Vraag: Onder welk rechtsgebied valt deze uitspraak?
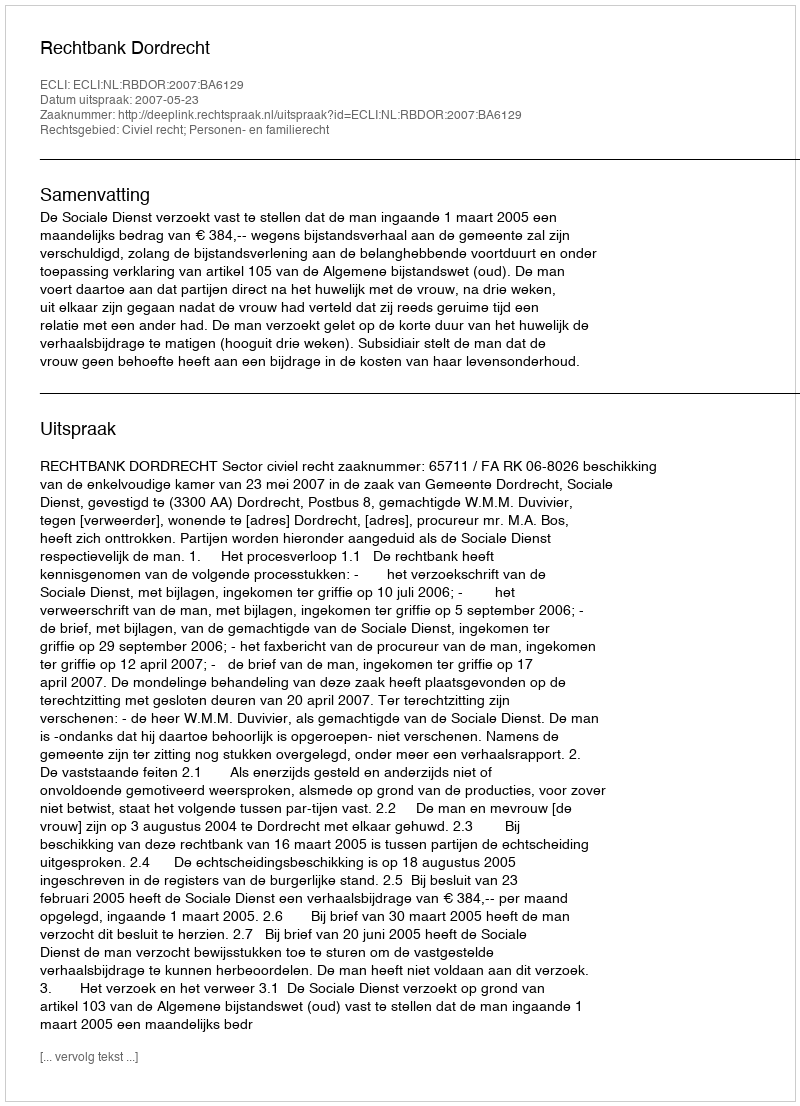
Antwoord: Civiel recht; Personen- en familierecht